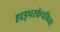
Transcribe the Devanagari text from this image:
हाइपरकेपनिया